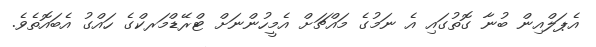
އެޕަލްއިން ބުނާ ގޮތުގައި އެ ނަމުގެ މައްޗަށް އެމީހުންނަށް ޓްރޭޑްމަރކްގެ ހައްގު އެބައޮތެވެ.